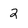
Character: 2